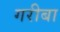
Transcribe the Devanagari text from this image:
गरीबा